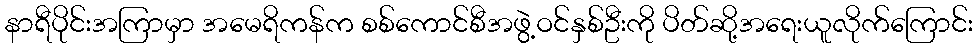
နာရီပိုင်းအကြာမှာ အမေရိကန်က စစ်ကောင်စီအဖွဲ့ဝင်နှစ်ဦးကို ပိတ်ဆို့အရေးယူလိုက်ကြောင်း